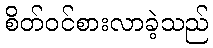
စိတ်ဝင်စားလာခဲ့သည်